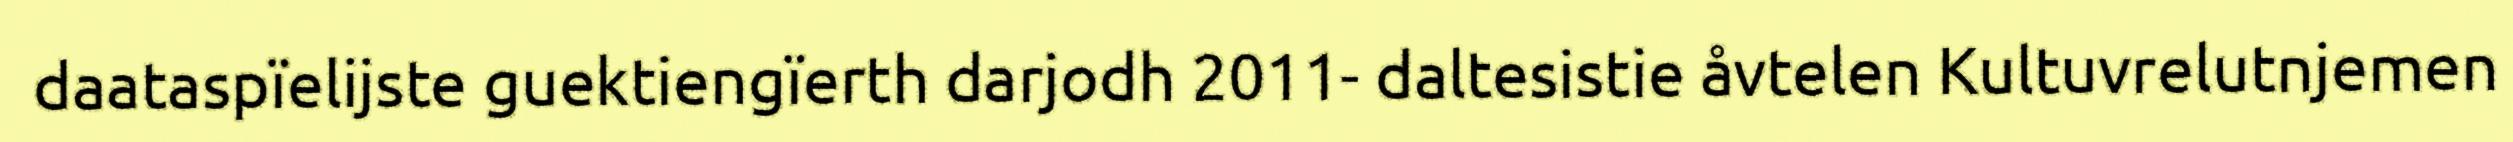
daataspïelijste guektiengïerth darjodh 2011- daltesistie åvtelen Kultuvrelutnjemen